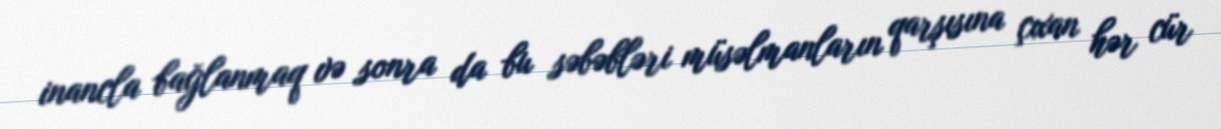
inancla bağlanmaq və sonra da bu səbəbləri müsəlmanların qarşısına çıxan hər cür